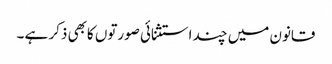
قانون میں چند استثنائی صورتوں کابھی ذکر ہے ۔